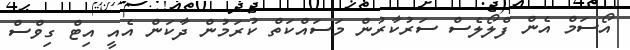
އޯސަމް އެން ފްލޯލެސް ސަރުކާރުން މަސައްކަތް ކުރަމުން ދާކަން އެއީ އިޓް ގިވްސް